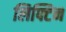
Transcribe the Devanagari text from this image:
लिफ्टिन